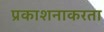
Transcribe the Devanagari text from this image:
प्रकाशनाकरता